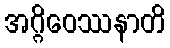
အဂ္ဂိဝေဿနာတိ